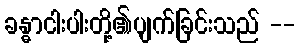
ခန္ဓာငါးပါးတို့၏ပျက်ခြင်းသည် --